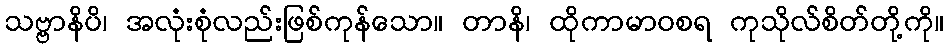
သဗ္ဗာနိပိ၊ အလုံးစုံလည်းဖြစ်ကုန်သော။ တာနိ၊ ထိုကာမာဝစရ ကုသိုလ်စိတ်တို့ကို။